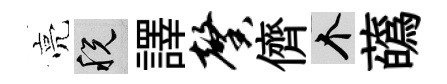
亮税譯馨儕个蘤